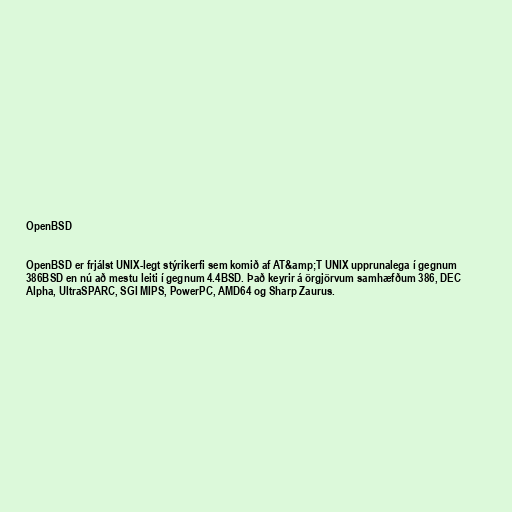
OpenBSD

OpenBSD er frjálst UNIX-legt stýrikerfi sem komið af AT&amp;T UNIX upprunalega í gegnum
386BSD en nú að mestu leiti í gegnum 4.4BSD. Það keyrir á örgjörvum samhæfðum 386, DEC
Alpha, UltraSPARC, SGI MIPS, PowerPC, AMD64 og Sharp Zaurus.